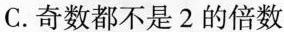
C.奇数都不是2的倍数